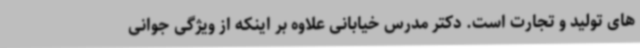
های تولید و تجارت است. دکتر مدرس خیابانی علاوه بر اینکه از ویژگی جوانی